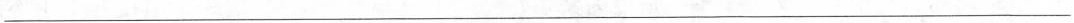
___